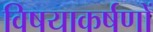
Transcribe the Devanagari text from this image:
विषयाकर्षणों